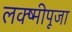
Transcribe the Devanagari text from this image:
लक्ष्मीपूजा